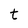
Character: t